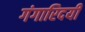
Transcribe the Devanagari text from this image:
गंगारिदयी